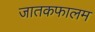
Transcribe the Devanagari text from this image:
जातकफालम